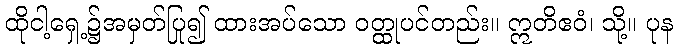
ထိုငါ့ရှေ့၌အမှတ်ပြု၍ ထားအပ်သော ဝတ္ထုပင်တည်း။ ဣတိဧဝံ၊ သို့။ ပုန